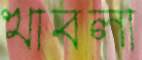
খাবলা